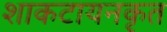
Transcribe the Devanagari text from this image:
शाकटायनकृत